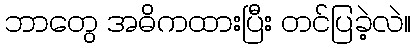
ဘာတွေ အဓိကထားပြီး တင်ပြခဲ့လဲ။